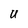
Character: U